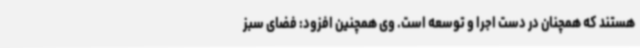
هستند که همچنان در دست اجرا و توسعه است. وی همچنین افزود: فضای سبز